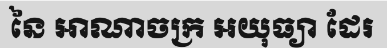
នៃ អាណាចក្រ អយុធ្យា ដែរ